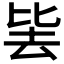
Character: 𭆛